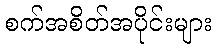
စက်အစိတ်အပိုင်းများ